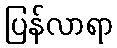
ပြန်လာရာ